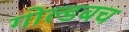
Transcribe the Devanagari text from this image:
गोल्डबच